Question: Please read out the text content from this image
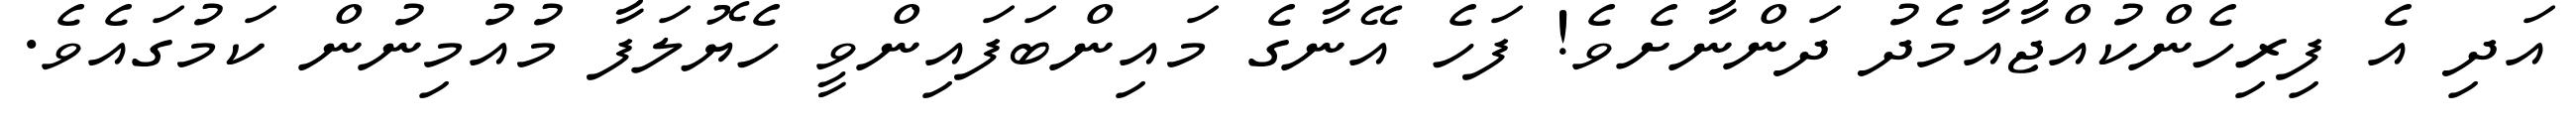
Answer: އަދި އެ ފިރިހެންކުއްޖާއާމެދު ދަންނާށެވެ! ފަހެ އޭނާގެ މައިންބަފައިންވީ ހެޔޮލަފާ މުއުމިނުން ކަމުގައެވެ.